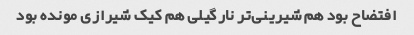
افتضاح بود هم شیرینی‌تر نارگیلی هم کیک شیرازی مونده بود